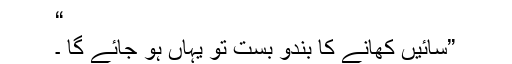
“
”سائیں کھانے کا بندو بست تو یہاں ہو جائے گا ۔